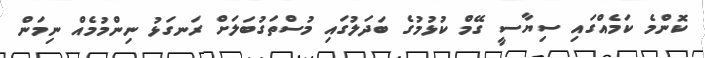
ކޮންމެ ކަމެއްގައި ސިޔާސީ ގޭމް ކުޅުމުގެ ބަދަލުގައި މުސްތަގުބަލަށް ރަނގަޅު ނިންމުމެއް ނިމަން